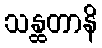
သန္ထတာနိ